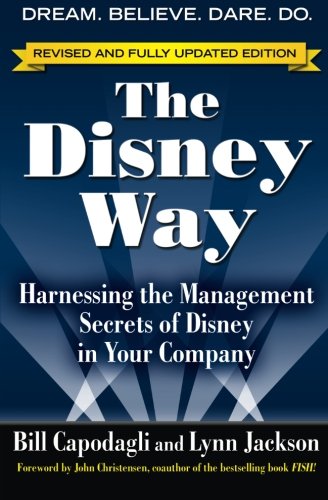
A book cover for The Disney Way, Revised Edition: Harnessing the Management Secrets of Disney in Your Company; Bill Capodagli; Business & Money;